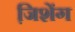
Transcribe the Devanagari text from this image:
जि़शेंग